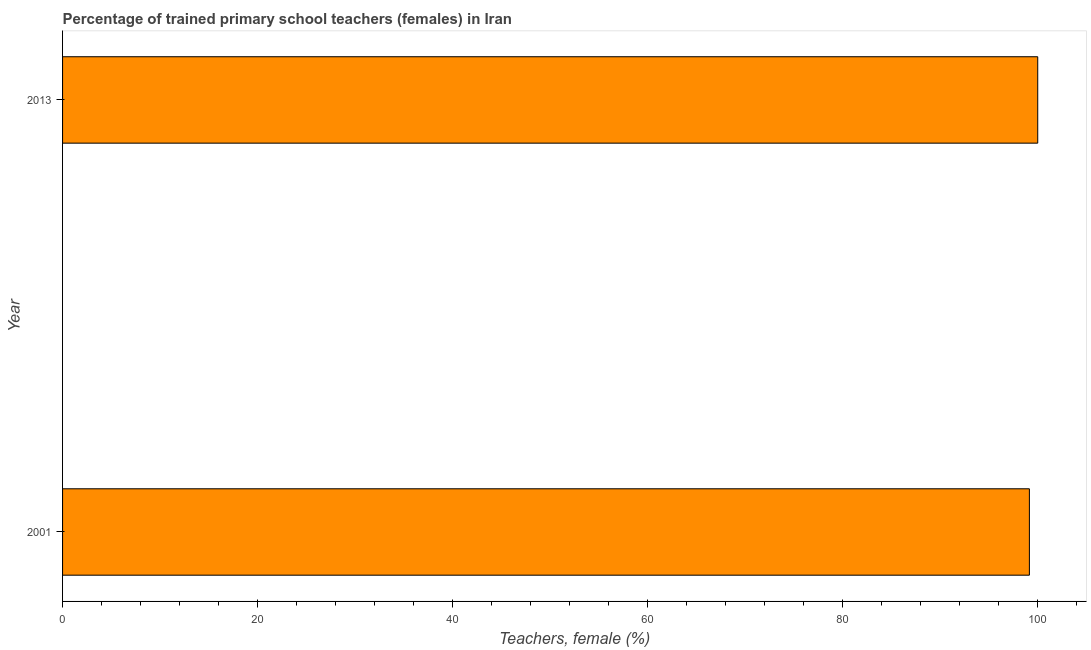
| Year | Trained teachers female |
 | --- | --- |
 | 2001 | 99.1 |
 | 2013 | 100 |